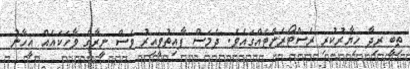
ތިބީ ރިދާ ހިޔާރުކުރި ރެސްޓޯރެންޓެއްގައެވެ. ދެމަސް ފާއިތުވީއިރު ވެސް ނީރާގެ ވާހަކައެއް އީހާނު